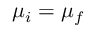
\mu _ { i } = \mu _ { f }